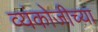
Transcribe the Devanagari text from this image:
व्यंकोजीच्या